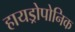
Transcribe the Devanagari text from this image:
हायड्रोपोनिक